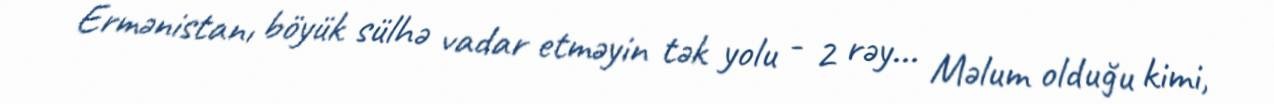
Ermənistanı böyük sülhə vadar etməyin tək yolu - 2 rəy... Məlum olduğu kimi,